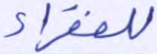
للفقراء